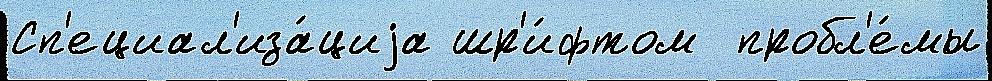
Сп'ециал'иза́циjа шр'и́фтом  пробл'е́мы